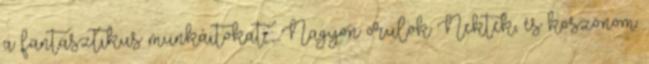
a fantasztikus munkáitokat. : Nagyon örülök Nektek, és köszönöm